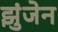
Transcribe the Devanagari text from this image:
झुंजेन